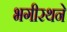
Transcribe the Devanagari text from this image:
भगीरथने